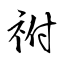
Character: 祔